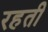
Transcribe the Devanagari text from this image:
रहती